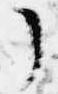
了